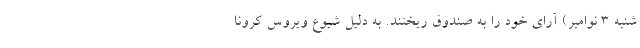
شنبه 3 نوامبر) آرای خود را به صندوق ریختند. به دلیل شیوع ویروس کرونا